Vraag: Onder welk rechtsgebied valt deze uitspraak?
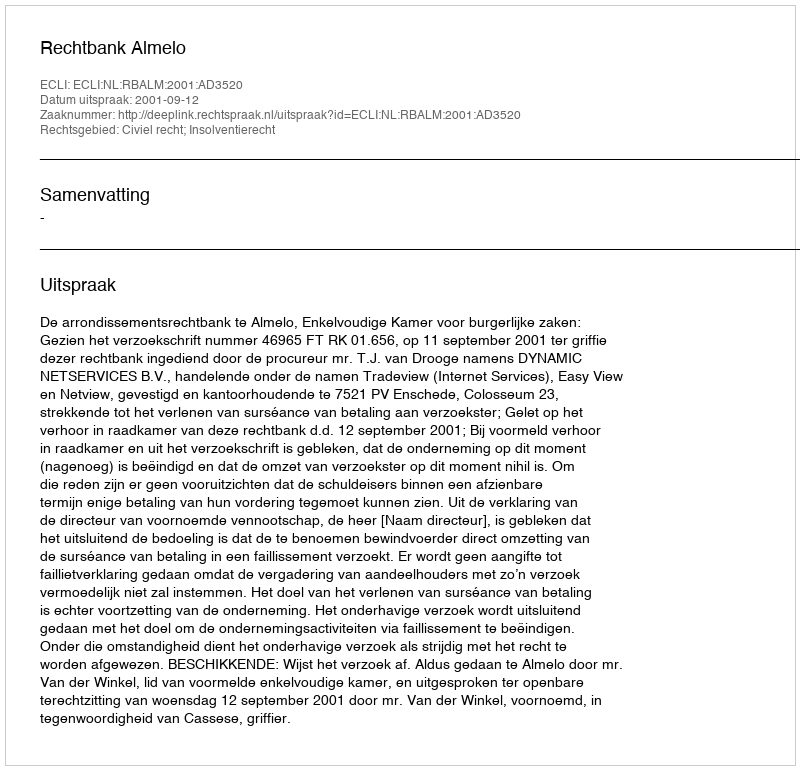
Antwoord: Civiel recht; Insolventierecht